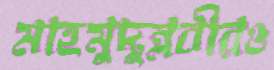
মাহমুদুন্নবীরও